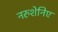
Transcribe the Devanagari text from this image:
नरुशेनिए